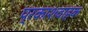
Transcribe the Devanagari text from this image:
प्रकाशवाहक